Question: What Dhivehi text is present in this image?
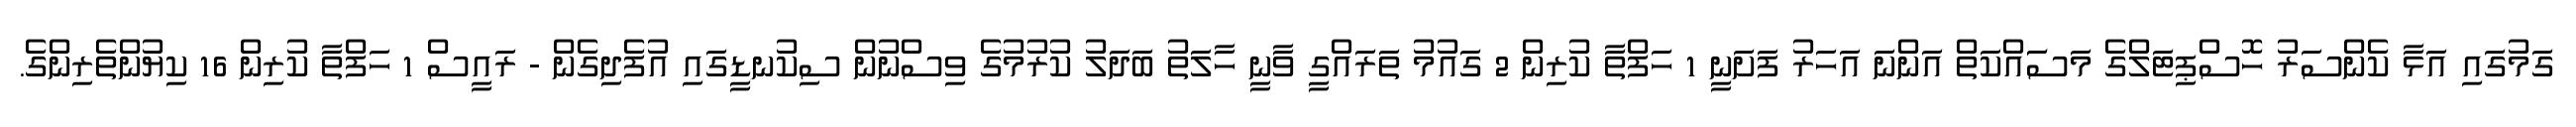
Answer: ގަމުގައި އަޅާ ކެންސަރު ހޮސްޕިޓަލްގެ މަސަައްކަތް އަންނަ އަހަރު ފަށަނީ 1 ހަފްތާ ކުރިން 2 ގައުމު ތަރައްގީ ވާނީ ހާލަތު ބަދަލު ކުރުމުގެ ވިސްނުން ސިކުނޑީގައި އުފެދިގެން - ރައީސް 1 ހަފްތާ ކުރިން 16 ކިޔުންތެރިންގެ.